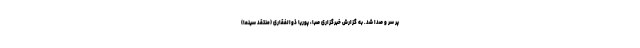
پر سر و صدا شد. به گزارش خبرگزاری صبا، پوریا ذوالفقاری (منتقد سینما)